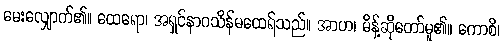
မေးလျှောက်၏။ ထေရော၊ အရှင်နာဂသိန်မထေရ်သည်။ အာဟ၊ မိန့်ဆိုတော်မူ၏။ ကောစိ၊